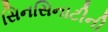
સિનસિનાટીની